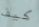
كيف